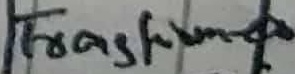
Text: Transformer